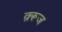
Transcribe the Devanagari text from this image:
क़्रूज